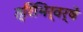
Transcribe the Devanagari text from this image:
त्रिभिर्वर्षे